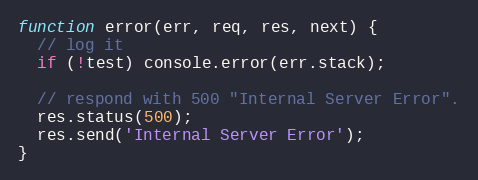
Language: JavaScript
function error(err, req, res, next) {
  // log it
  if (!test) console.error(err.stack);

  // respond with 500 "Internal Server Error".
  res.status(500);
  res.send('Internal Server Error');
}